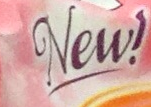
New!